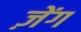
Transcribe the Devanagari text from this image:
ज़ेंग